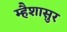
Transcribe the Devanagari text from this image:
म्हैशासुर